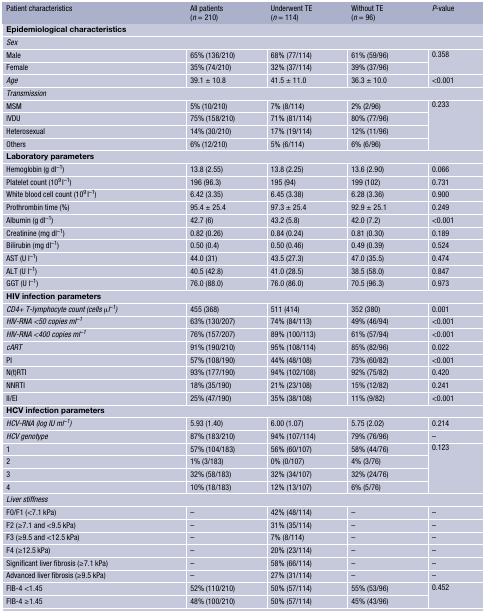
<table><thead><tr><td><b>Patient characteristics</b></td><td><b>All patients(<i>n</i> = 210)</b></td><td><b>Underwent TE(<i>n</i> = 114)</b></td><td><b>Without TE(<i>n</i> = 96)</b></td><td><b><i>P</i>-value</b></td></tr></thead><tbody><tr><td colspan="5"><b>Epidemiological characteristics</b></td></tr><tr><td colspan="5"><i>Sex</i></td></tr><tr><td>Male</td><td>65% (136/210)</td><td>68% (77/114)</td><td>61% (59/96)</td><td rowspan="2">0.358</td></tr><tr><td>Female</td><td>35% (74/210)</td><td>32% (37/114)</td><td>39% (37/96)</td></tr><tr><td><i>Age</i></td><td>39.1 ± 10.8</td><td>41.5 ± 11.0</td><td>36.3 ± 10.0</td><td>&lt;0.001</td></tr><tr><td colspan="5"><i>Transmission</i></td></tr><tr><td>MSM</td><td>5% (10/210)</td><td>7% (8/114)</td><td>2% (2/96)</td><td rowspan="4">0.233</td></tr><tr><td>IVDU</td><td>75% (158/210)</td><td>71% (81/114)</td><td>80% (77/96)</td></tr><tr><td>Heterosexual</td><td>14% (30/210)</td><td>17% (19/114)</td><td>12% (11/96)</td></tr><tr><td>Others</td><td>6% (12/210)</td><td>5% (6/114)</td><td>6% (6/96)</td></tr><tr><td colspan="5"><b>Laboratory parameters</b></td></tr><tr><td>Hemoglobin (g dl<sup>−1</sup>)</td><td>13.8 (2.55)</td><td>13.8 (2.25)</td><td>13.6 (2.90)</td><td>0.066</td></tr><tr><td>Platelet count (10<sup>9</sup> l<sup>−1</sup>)</td><td>196 (96.3)</td><td>195 (94)</td><td>199 (102)</td><td>0.731</td></tr><tr><td>White blood cell count (10<sup>9</sup> l<sup>−1</sup>)</td><td>6.42 (3.35)</td><td>6.45 (3.38)</td><td>6.28 (3.36)</td><td>0.900</td></tr><tr><td>Prothrombin time (%)</td><td>95.4 ± 25.4</td><td>97.3 ± 25.4</td><td>92.9 ± 25.1</td><td>0.249</td></tr><tr><td>Albumin (g dl<sup>−1</sup>)</td><td>42.7 (6)</td><td>43.2 (5.8)</td><td>42.0 (7.2)</td><td>&lt;0.001</td></tr><tr><td>Creatinine (mg dl<sup>−1</sup>)</td><td>0.82 (0.26)</td><td>0.84 (0.24)</td><td>0.81 (0.30)</td><td>0.189</td></tr><tr><td>Bilirubin (mg dl<sup>−1</sup>)</td><td>0.50 (0.4)</td><td>0.50 (0.46)</td><td>0.49 (0.39)</td><td>0.524</td></tr><tr><td>AST (U l<sup>−1</sup>)</td><td>44.0 (31)</td><td>43.5 (27.3)</td><td>47.0 (35.5)</td><td>0.474</td></tr><tr><td>ALT (U l<sup>−1</sup>)</td><td>40.5 (42.8)</td><td>41.0 (28.5)</td><td>38.5 (58.0)</td><td>0.847</td></tr><tr><td>GGT (U l<sup>−1</sup>)</td><td>76.0 (88.0)</td><td>76.0 (86.0)</td><td>70.5 (96.3)</td><td>0.973</td></tr><tr><td colspan="5"><b>HIV infection parameters</b></td></tr><tr><td><i>CD4+ T‐lymphocyte count (cells μl</i><sup><i>−1</i></sup><i>)</i></td><td>455 (368)</td><td>511 (414)</td><td>352 (380)</td><td>0.001</td></tr><tr><td><i>HIV-RNA &lt;50 copies ml</i><sup><i>−1</i></sup></td><td>63% (130/207)</td><td>74% (84/113)</td><td>49% (46/94)</td><td>&lt;0.001</td></tr><tr><td><i>HIV-RNA &lt;400 copies ml</i><sup><i>−1</i></sup></td><td>76% (157/207)</td><td>89% (100/113)</td><td>61% (57/94)</td><td>&lt;0.001</td></tr><tr><td><i>cART</i></td><td>91% (190/210)</td><td>95% (108/114)</td><td>85% (82/96)</td><td>0.022</td></tr><tr><td>PI</td><td>57% (108/190)</td><td>44% (48/108)</td><td>73% (60/82)</td><td>&lt;0.001</td></tr><tr><td>N(t)RTI</td><td>93% (177/190)</td><td>94% (102/108)</td><td>92% (75/82)</td><td>0.420</td></tr><tr><td>NNRTI</td><td>18% (35/190)</td><td>21% (23/108)</td><td>15% (12/82)</td><td>0.241</td></tr><tr><td>II/EI</td><td>25% (47/190)</td><td>35% (38/108)</td><td>11% (9/82)</td><td>&lt;0.001</td></tr><tr><td colspan="5"><b>HCV infection parameters</b></td></tr><tr><td><i>HCV-RNA (log IU ml</i><sup><i>−1</i></sup><i>)</i></td><td>5.93 (1.40)</td><td>6.00 (1.07)</td><td>5.75 (2.02)</td><td>0.214</td></tr><tr><td><i>HCV genotype</i></td><td>87% (183/210)</td><td>94% (107/114)</td><td>79% (76/96)</td><td>–</td></tr><tr><td>1</td><td>57% (104/183)</td><td>56% (60/107)</td><td>58% (44/76)</td><td rowspan="4">0.123</td></tr><tr><td>2</td><td>1% (3/183)</td><td>0% (0/107)</td><td>4% (3/76)</td></tr><tr><td>3</td><td>32% (58/183)</td><td>32% (34/107)</td><td>32% (24/76)</td></tr><tr><td>4</td><td>10% (18/183)</td><td>12% (13/107)</td><td>6% (5/76)</td></tr><tr><td colspan="5"><i>Liver stiffness</i></td></tr><tr><td>F0/F1 (&lt;7.1 kPa)</td><td>–</td><td>42% (48/114)</td><td>–</td><td>–</td></tr><tr><td>F2 (≥7.1 and &lt;9.5 kPa)</td><td>–</td><td>31% (35/114)</td><td>–</td><td>–</td></tr><tr><td>F3 (≥9.5 and &lt;12.5 kPa)</td><td>–</td><td>7% (8/114)</td><td>–</td><td>–</td></tr><tr><td>F4 (≥12.5 kPa)</td><td>–</td><td>20% (23/114)</td><td>–</td><td>–</td></tr><tr><td>Significant liver fibrosis (≥7.1 kPa)</td><td>–</td><td>58% (66/114)</td><td>–</td><td>–</td></tr><tr><td>Advanced liver fibrosis (≥9.5 kPa)</td><td>–</td><td>27% (31/114)</td><td>–</td><td>–</td></tr><tr><td>FIB-4 &lt;1.45</td><td>52% (110/210)</td><td>50% (57/114)</td><td>55% (53/96)</td><td rowspan="2">0.452</td></tr><tr><td>FIB-4 ≥1.45</td><td>48% (100/210)</td><td>50% (57/114)</td><td>45% (43/96)</td></tr></tbody></table>